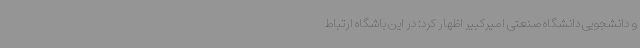
و دانشجویی دانشگاه صنعتی امیرکبیر اظهار کرد: در این باشگاه ارتباط